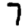
Digit: 7